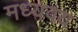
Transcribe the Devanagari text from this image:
मध्यवय